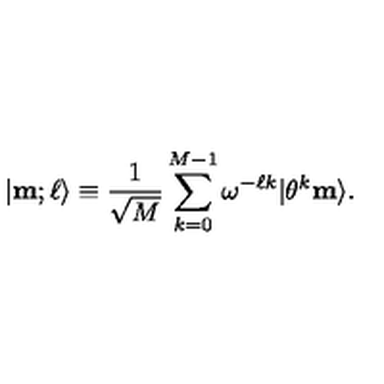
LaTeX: | { \bf m } ; \ell \rangle \equiv { \frac { 1 } { \sqrt { M } } } \sum _ { k = 0 } ^ { M - 1 } \omega ^ { - \ell k } | \theta ^ { k } { \bf m } \rangle .